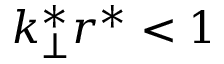
k _ { \perp } ^ { * } r ^ { * } < 1